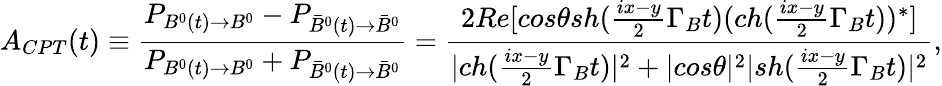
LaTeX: A_{CPT}(t)\equiv\frac{P_{B^{0}(t)\to B^{0}}-P_{\bar{B}^{0}(t)\to\bar{B}^{0}}}{P_{B^{0}(t)\to B^{0}}+P_{\bar{B}^{0}(t)\to\bar{B}^{0}}}=\frac{2Re[cos\theta sh(\frac{ix-y}{2}\Gamma_{B}t)(ch(\frac{ix-y}{2}\Gamma_{B}t))^{*}]}{|ch(\frac{ix-y}{2}\Gamma_{B}t)|^{2}+|cos\theta|^{2}|sh(\frac{ix-y}{2}\Gamma_{B}t)|^{2}},